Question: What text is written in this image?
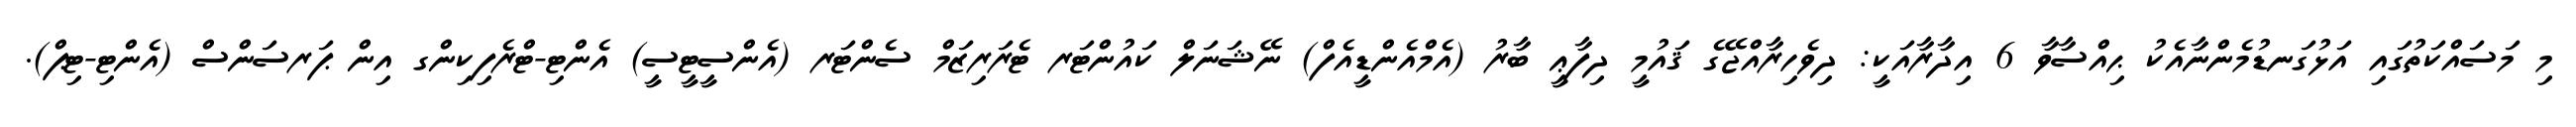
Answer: މި މަސައްކަތުގައި އަޅުގަނޑުމެންނާއެކު ޙިއްސާވާ 6 އިދާރާއަކީ: ދިވެހިރާއްޖޭގެ ޤައުމީ ދިފާޢީ ބާރު (އެމްއެންޑީއެފް) ނޭޝަނަލް ކައުންޓަރ ޓެރަރިޒަމް ސެންޓަރ (އެންސީޓީސީ) އެންޓި-ޓްރެފިކިންގ އިން ޕަރސަންސް (އެންޓި-ޓިޕް).